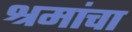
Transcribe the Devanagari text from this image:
श्रमांचा